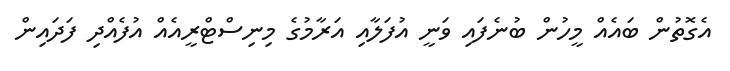
އެގޮތުން ބައެއް މީހުން ބުނެފައި ވަނީ އުފަލާއި އަރާމުގެ މިނިސްޓްރީއެއް އުފެއްދި ފަދައިން